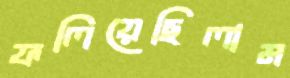
ফলিয়েছিলাম